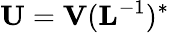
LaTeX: \mathbf{U}=\mathbf{V}(\mathbf{L}^{-1})^{*}